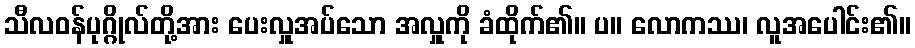
သီလဝန်ပုဂ္ဂိုလ်တို့အား ပေးလှူအပ်သော အလှူကို ခံထိုက်၏။ ပ။ လောကဿ၊ လူအပေါင်း၏။